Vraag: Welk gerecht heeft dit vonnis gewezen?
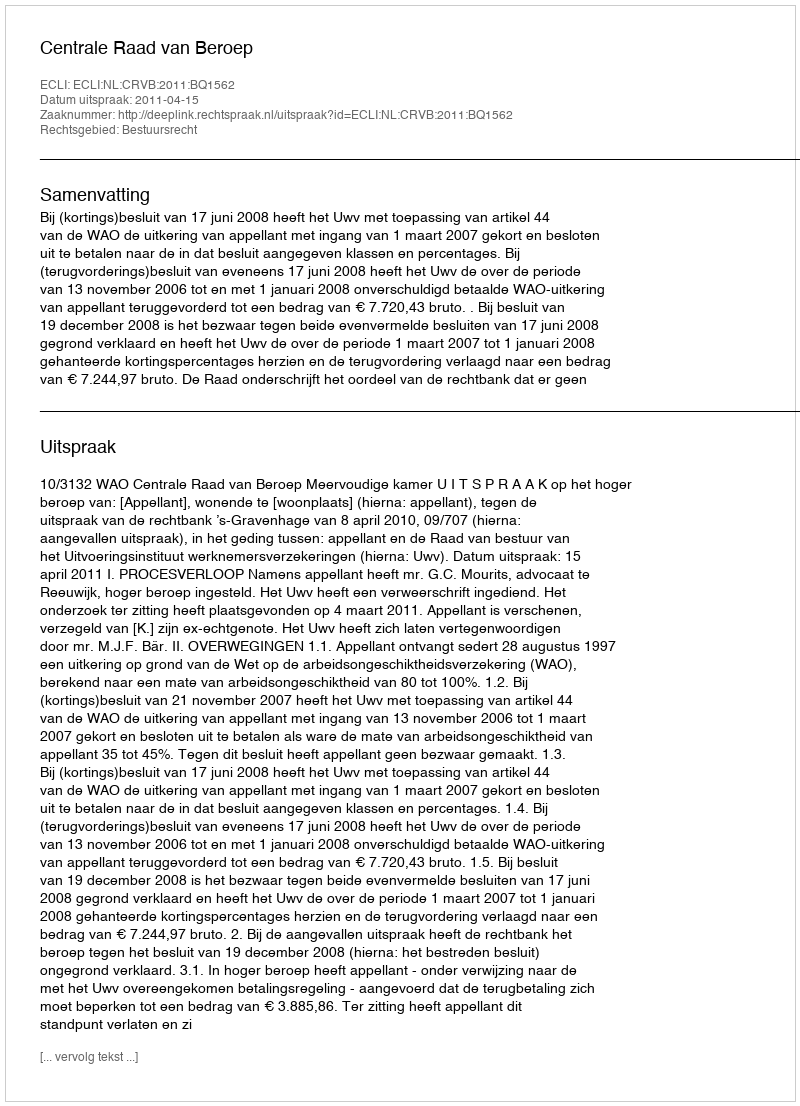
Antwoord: Centrale Raad van Beroep